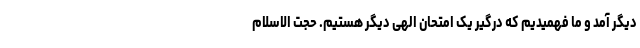
دیگر آمد و ما فهمیدیم که درگیر یک امتحان الهی دیگر هستیم. حجت الاسلام